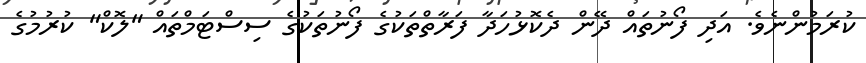
ކުރަމުންނެވެ. އަދި ފޯނުތައް ދޭން ދެކޮޅުހަދާ ފަރާތްތަކުގެ ފޯނުތަކުގެ ސިސްޓަމްތައް "ލޮކް" ކުރުމުގެ